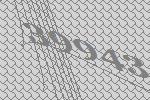
39943